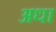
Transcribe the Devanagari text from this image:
अधा